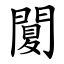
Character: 䦩